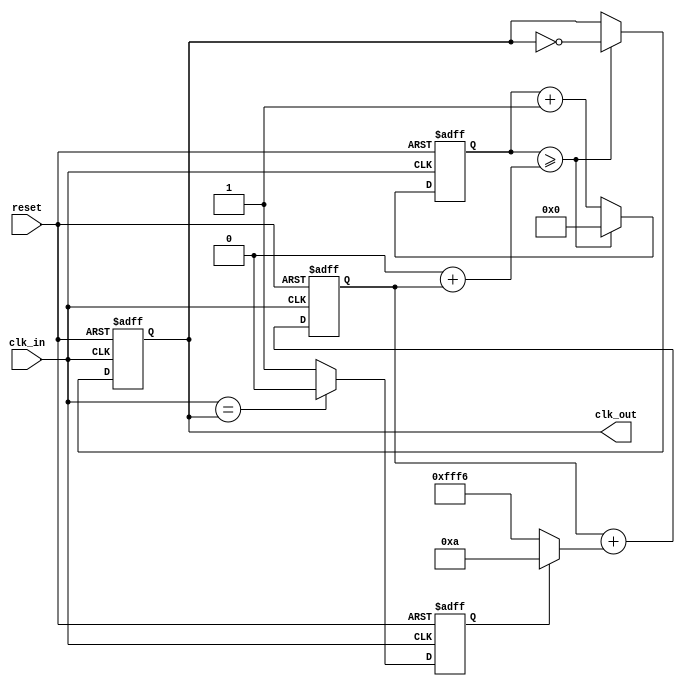
module parameterized_pll #(
    parameter INPUT_FREQ = 50_000_000, // Input clock frequency in Hz
    parameter OUTPUT_FREQ = 100_000_000, // Desired output clock frequency in Hz
    parameter DIV_FACTOR = OUTPUT_FREQ / INPUT_FREQ, // Division factor
    parameter LOOP_BANDWIDTH = 10 // Loop bandwidth (arbitrary units)
)(
    input wire clk_in, // Input clock signal
    input wire reset, // Asynchronous reset
    output reg clk_out // Output clock signal
);

// Phase Detector
reg [1:0] phase_error; // Phase error signal
always @(posedge clk_in or posedge reset) begin
    if (reset) begin
        phase_error <= 2'b00;
    end else begin
        // Simple phase detection (for demonstration)
        // This is a placeholder for actual phase detection logic
        phase_error <= (clk_in == clk_out) ? 2'b00 : 2'b01; // Assume clk_out is generated
    end
end

// Low Pass Filter
reg [15:0] control_voltage; // Control voltage
always @(posedge clk_in or posedge reset) begin
    if (reset) begin
        control_voltage <= 16'b0;
    end else begin
        // Simple LPF implementation (for demonstration)
        control_voltage <= control_voltage + (phase_error[0] ? LOOP_BANDWIDTH : -LOOP_BANDWIDTH);
    end
end

// Voltage-Controlled Oscillator (VCO)
reg [31:0] vco_counter; // VCO counter
always @(posedge clk_in or posedge reset) begin
    if (reset) begin
        vco_counter <= 32'b0;
        clk_out <= 1'b0;
    end else begin
        // VCO frequency control based on control voltage
        if (vco_counter >= (INPUT_FREQ / OUTPUT_FREQ) + control_voltage) begin
            clk_out <= ~clk_out; // Toggle output clock
            vco_counter <= 32'b0; // Reset counter
        end else begin
            vco_counter <= vco_counter + 1;
        end
    end
end

// Frequency Divider
reg [31:0] divider_counter; // Divider counter
reg clk_out_div; // Divided output clock
always @(posedge clk_out or posedge reset) begin
    if (reset) begin
        divider_counter <= 32'b0;
        clk_out_div <= 1'b0;
    end else begin
        if (divider_counter >= DIV_FACTOR - 1) begin
            clk_out_div <= ~clk_out_div; // Toggle divided output clock
            divider_counter <= 32'b0; // Reset counter
        end else begin
            divider_counter <= divider_counter + 1;
        end
    end
end

endmodule